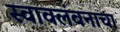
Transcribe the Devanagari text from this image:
स्वावलंबनाचा